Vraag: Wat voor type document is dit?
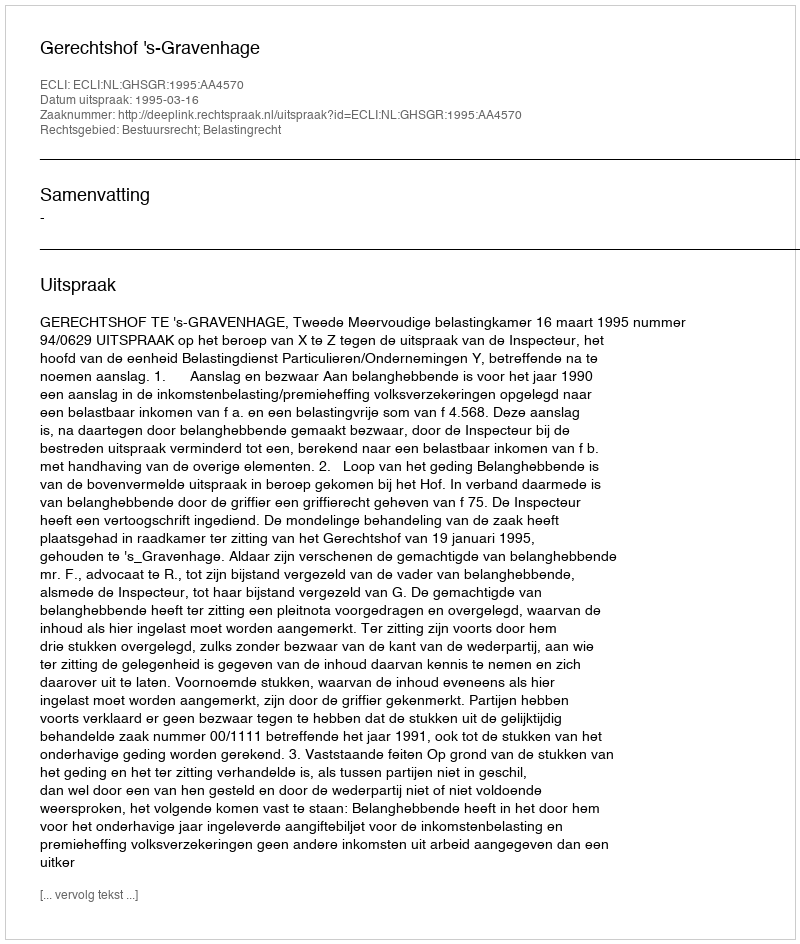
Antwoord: Uitspraak